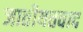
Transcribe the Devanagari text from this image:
जातीयतवाद